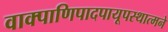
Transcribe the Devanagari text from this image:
वाक्पाणिपादपायूपस्थात्मने